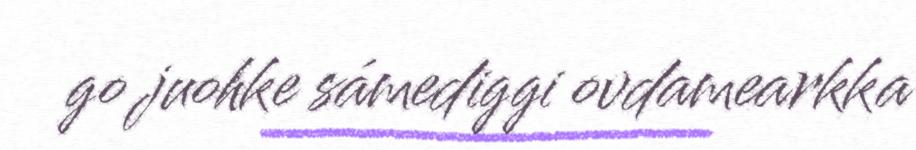
go juohke sámediggi ovdamearkka